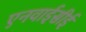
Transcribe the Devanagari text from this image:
एनवाईसीई